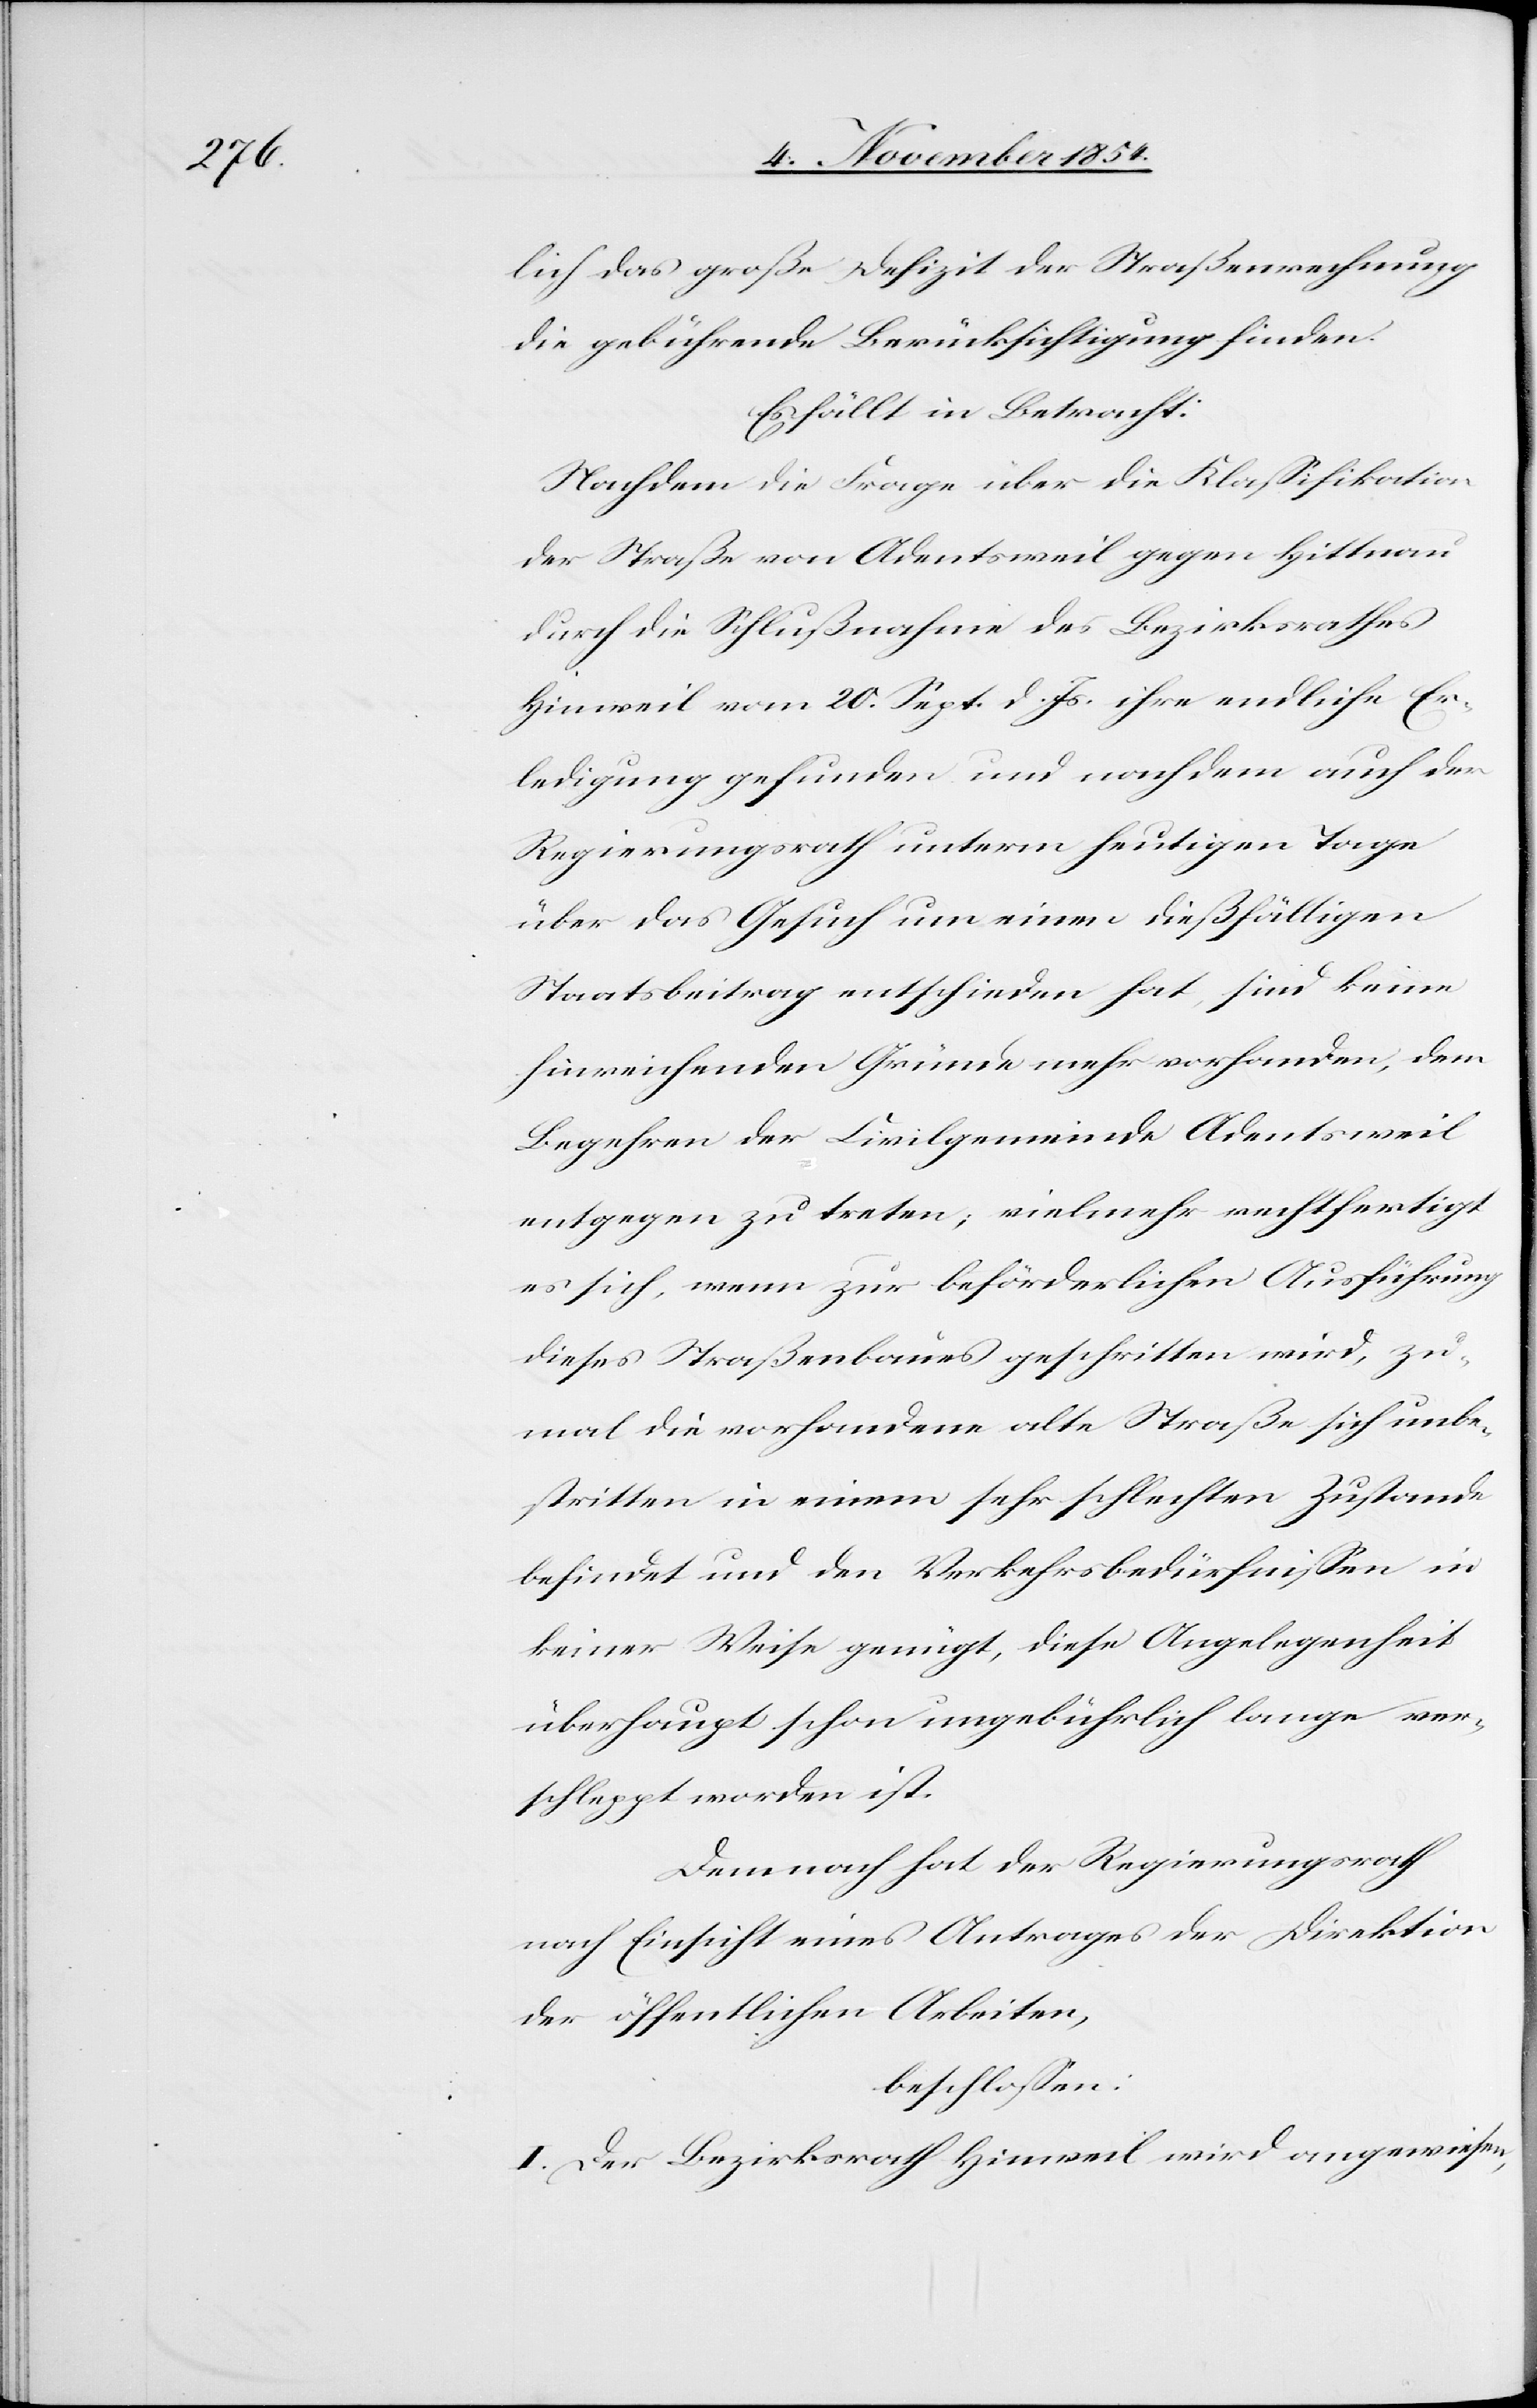
lich das große Defizit der Straßenrechnung
die gebührende Berücksichtigung finden.
Es fällt in Betracht:
Nachdem die Frage über die Klaßifikation
der Straße von Adentsweil gegen Hittnau
durch die Schlußnahme des Bezirksrathes
Hinweil vom 20. Sept. d. Js. ihre endliche Er¬
ledigung gefunden und nachdem auch der
Regierungsrath unterm heutigen Tage
über das Gesuch um einen dießfälligen
Staatsbeitrag entschieden hat, sind keine
hinreichenden Gründe mehr vorhanden, dem
Begehren der Civilgemeinde Adentsweil
entgegen zu treten, vielmehr rechtfertigt
es sich, wenn zur beförderlichen Ausführung
dieses Straßenbaues geschritten wird, zu¬
mal die vorhandene alte Straße sich unbe¬
stritten in einem sehr schlechten Zustande
befindet und den Verkehrsbedürfnißen in
keiner Weise genügt, diese Angelegenheit
überhaupt schon ungebührlich lange ver¬
schleppt worden ist.
Demnach hat der Regierungsrath
nach Einsicht eines Antrages der Direktion
der öffentlichen Arbeiten,
beschloßen:
I. Der Bezirksrath Hinweil wird angewiesen,